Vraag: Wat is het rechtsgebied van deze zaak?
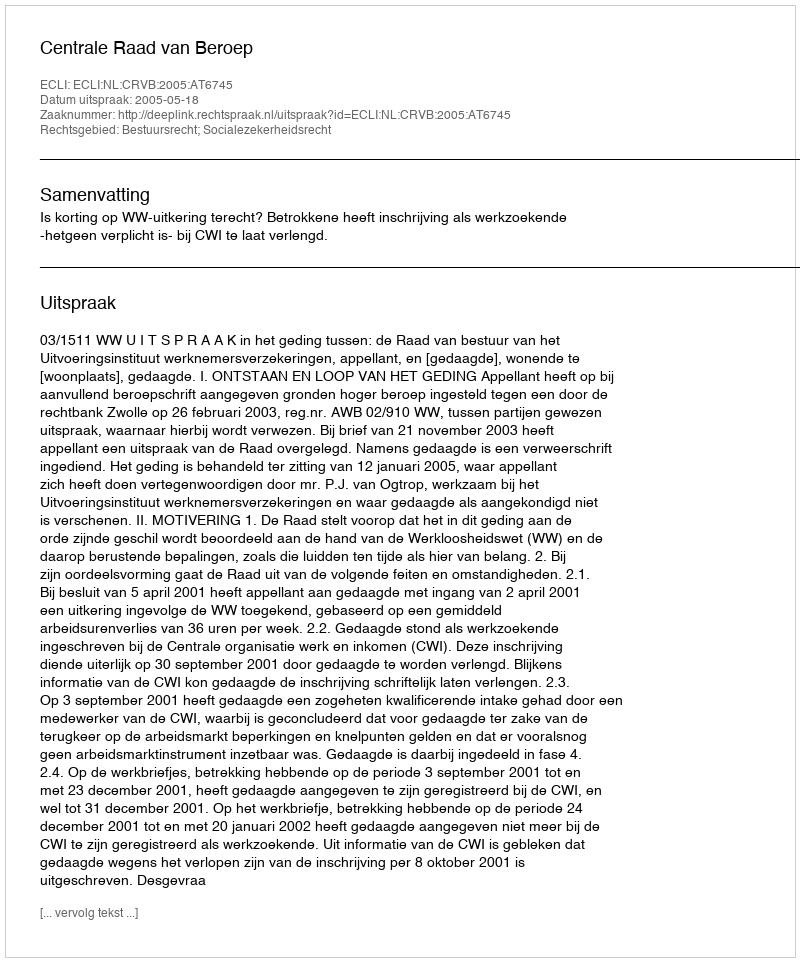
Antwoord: Bestuursrecht; Socialezekerheidsrecht